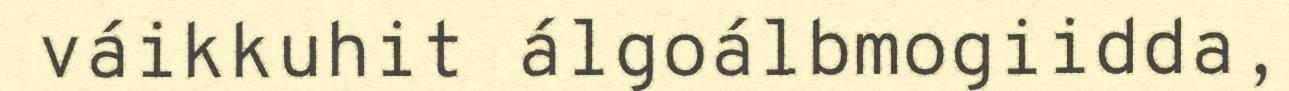
váikkuhit álgoálbmogiidda,